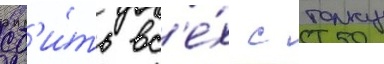
сб'и́ть вс'е́х с толку